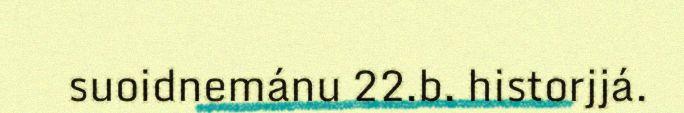
suoidnemánu 22.b. historjjá.